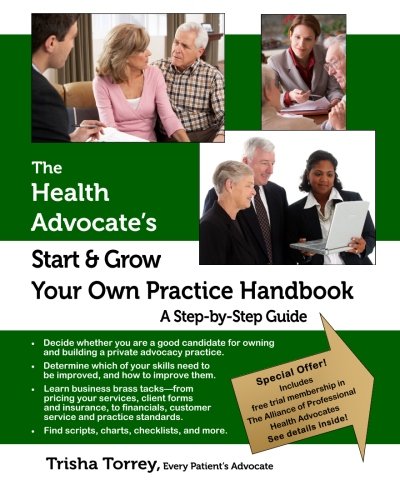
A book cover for The Health Advocate's Start and Grow Your Own Practice Handbook: A Step by Step Guide; Trisha Torrey; Business & Money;